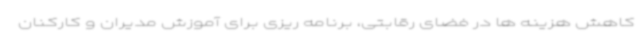
کاهش هزینه ها در فضای رقابتی، برنامه ریزی برای آموزش مدیران و کارکنان